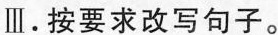
Ⅲ.按要求改写句子。